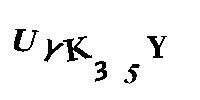
UYK35Y